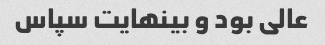
عالی بود و بینهایت سپاس